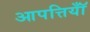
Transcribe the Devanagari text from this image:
आपत्तियॉँ